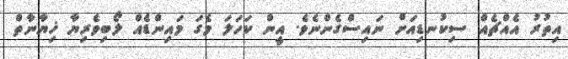
އިތުރު އެއްޗެއް ސިކުނޑިއަށް ނައިސްގެންނެވެ. އީން ކަހަލަ މެގަ މައިންޑެއް ލޯބިވެރިޔާ ޚިޔާނާތް